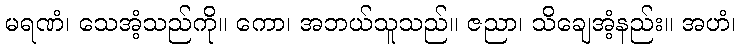
မရဏံ၊ သေအံ့သည်ကို။ ကော၊ အဘယ်သူသည်။ ဇညာ၊ သိချေအံ့နည်း။ အဟံ၊